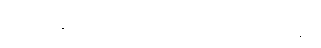
နိယတချည်းဟု ယူမှားသည်ကို ရှင်းပြခန်း။